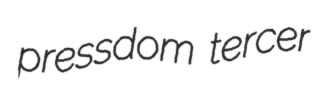
pressdom tercer